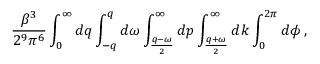
\frac { \beta ^ { 3 } } { 2 ^ { 9 } \pi ^ { 6 } } \int _ { 0 } ^ { \infty } d q \int _ { - q } ^ { q } d \omega \int _ { \frac { q - \omega } { 2 } } ^ { \infty } d p \int _ { \frac { q + \omega } { 2 } } ^ { \infty } d k \int _ { 0 } ^ { 2 \pi } d \phi \, ,